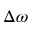
\Delta \omega